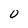
Character: 0